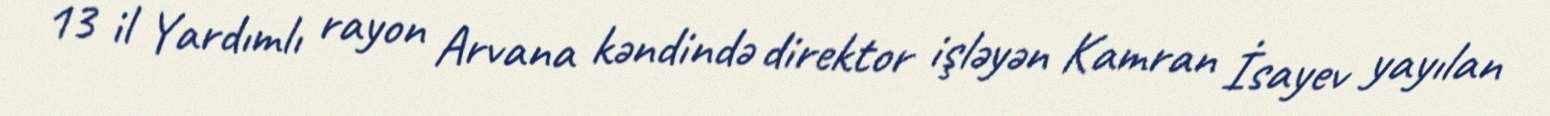
13 il Yardımlı rayon Arvana kəndində direktor işləyən Kamran İsayev yayılan